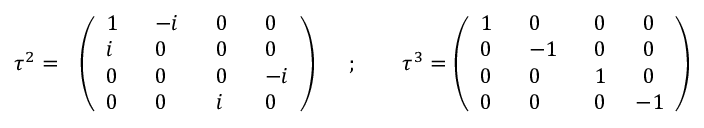
\tau ^ { 2 } = ~ ~ \left( \begin{array} { l l l l } { { 1 ~ } } & { { ~ - i ~ } } & { { ~ 0 ~ } } & { { ~ 0 } } \\ { { i ~ } } & { { ~ 0 ~ } } & { { ~ 0 ~ } } & { { ~ 0 } } \\ { { 0 ~ } } & { { ~ 0 ~ } } & { { ~ 0 ~ } } & { { ~ - i } } \\ { { 0 ~ } } & { { ~ 0 ~ } } & { { ~ i ~ } } & { { ~ 0 } } \end{array} \right) \quad ~ ; \qquad \tau ^ { 3 } = \left( \begin{array} { l l l l } { { 1 ~ } } & { { ~ 0 ~ } } & { { ~ 0 ~ } } & { { ~ 0 } } \\ { { 0 ~ } } & { { ~ - 1 ~ } } & { { ~ 0 ~ } } & { { ~ 0 } } \\ { { 0 ~ } } & { { ~ 0 ~ } } & { { ~ 1 ~ } } & { { ~ 0 } } \\ { { 0 ~ } } & { { ~ 0 ~ } } & { { ~ 0 ~ } } & { { - 1 } } \end{array} \right)